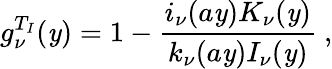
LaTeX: g_{\nu}^{T_{I}}(\mathit{y})=1-{\frac{{i_{\nu}(a\mathit{y})K_{\nu}(\mathit{y})}}{{k_{\nu}(a\mathit{y})I_{\nu}(\mathit{y})}}}~,